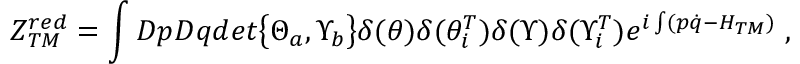
Z _ { T M } ^ { r e d } = \int { \cal D } p { \cal D } q d e t { \bigl \{ \Theta _ { a } , \Upsilon _ { b } \bigr \} } \delta ( \theta ) \delta ( { \theta } _ { i } ^ { T } ) \delta ( \Upsilon ) \delta ( { \Upsilon } _ { i } ^ { T } ) e ^ { i \int ( p \dot { q } - { \cal H } _ { T M } ) } \; ,